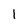
Character: 1